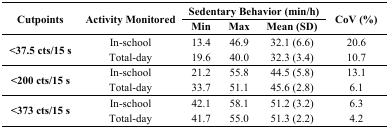
| <ROWSPAN=2> Cutpoints | <ROWSPAN=2> Activity Monitored | <COLSPAN=3> Sedentary Behavior (min/h) | <ROWSPAN=2> CoV (%) |
 | Min | Max | Mean (SD) |
 | --- | --- | --- | --- | --- | --- |
 | <ROWSPAN=2> <37.5 cts/15 s | In-school | 13.4 | 46.9 | 32.1 (6.6) | 20.6 |
 | Total-day | 19.6 | 40.0 | 32.3 (3.4) | 10.7 |
 | <ROWSPAN=2> <200 cts/15 s | In-school | 21.2 | 55.8 | 44.5 (5.8) | 13.1 |
 | Total-day | 33.7 | 51.1 | 45.6 (2.8) | 6.1 |
 | <ROWSPAN=2> <373 cts/15 s | In-school | 42.1 | 58.1 | 51.2 (3.2) | 6.3 |
 | Total-day | 41.7 | 55.0 | 51.3 (2.2) | 4.2 |